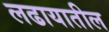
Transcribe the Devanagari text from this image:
लढायातील